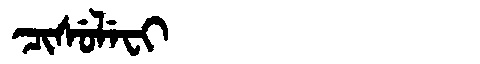
Manchu: ᠴᡳᠰᡠᠯᡝᠸᡳ
Romanization: CISULEFI